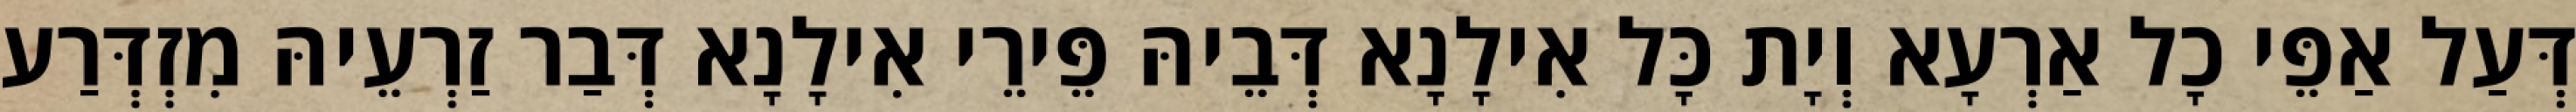
דְּעַל אַפֵּי כָל אַרְעָא וְיָת כָּל אִילָנָא דְּבֵיהּ פֵּירֵי אִילָנָא דְּבַר זַרְעֵיהּ מִזְדְּרַע